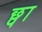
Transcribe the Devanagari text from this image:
छ्पा